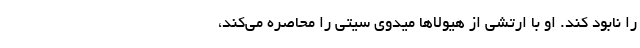
را نابود کند. او با ارتشی از هیولاها میدوی سیتی را محاصره می‌کند،